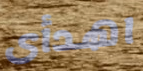
اهدأى